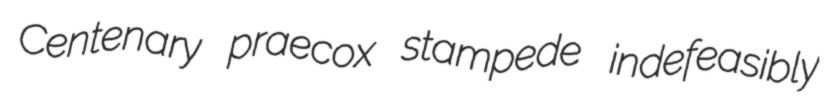
Centenary praecox stampede indefeasibly